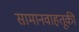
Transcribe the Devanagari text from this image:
सामानवाहतूकी